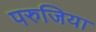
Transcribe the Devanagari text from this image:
परुजिया